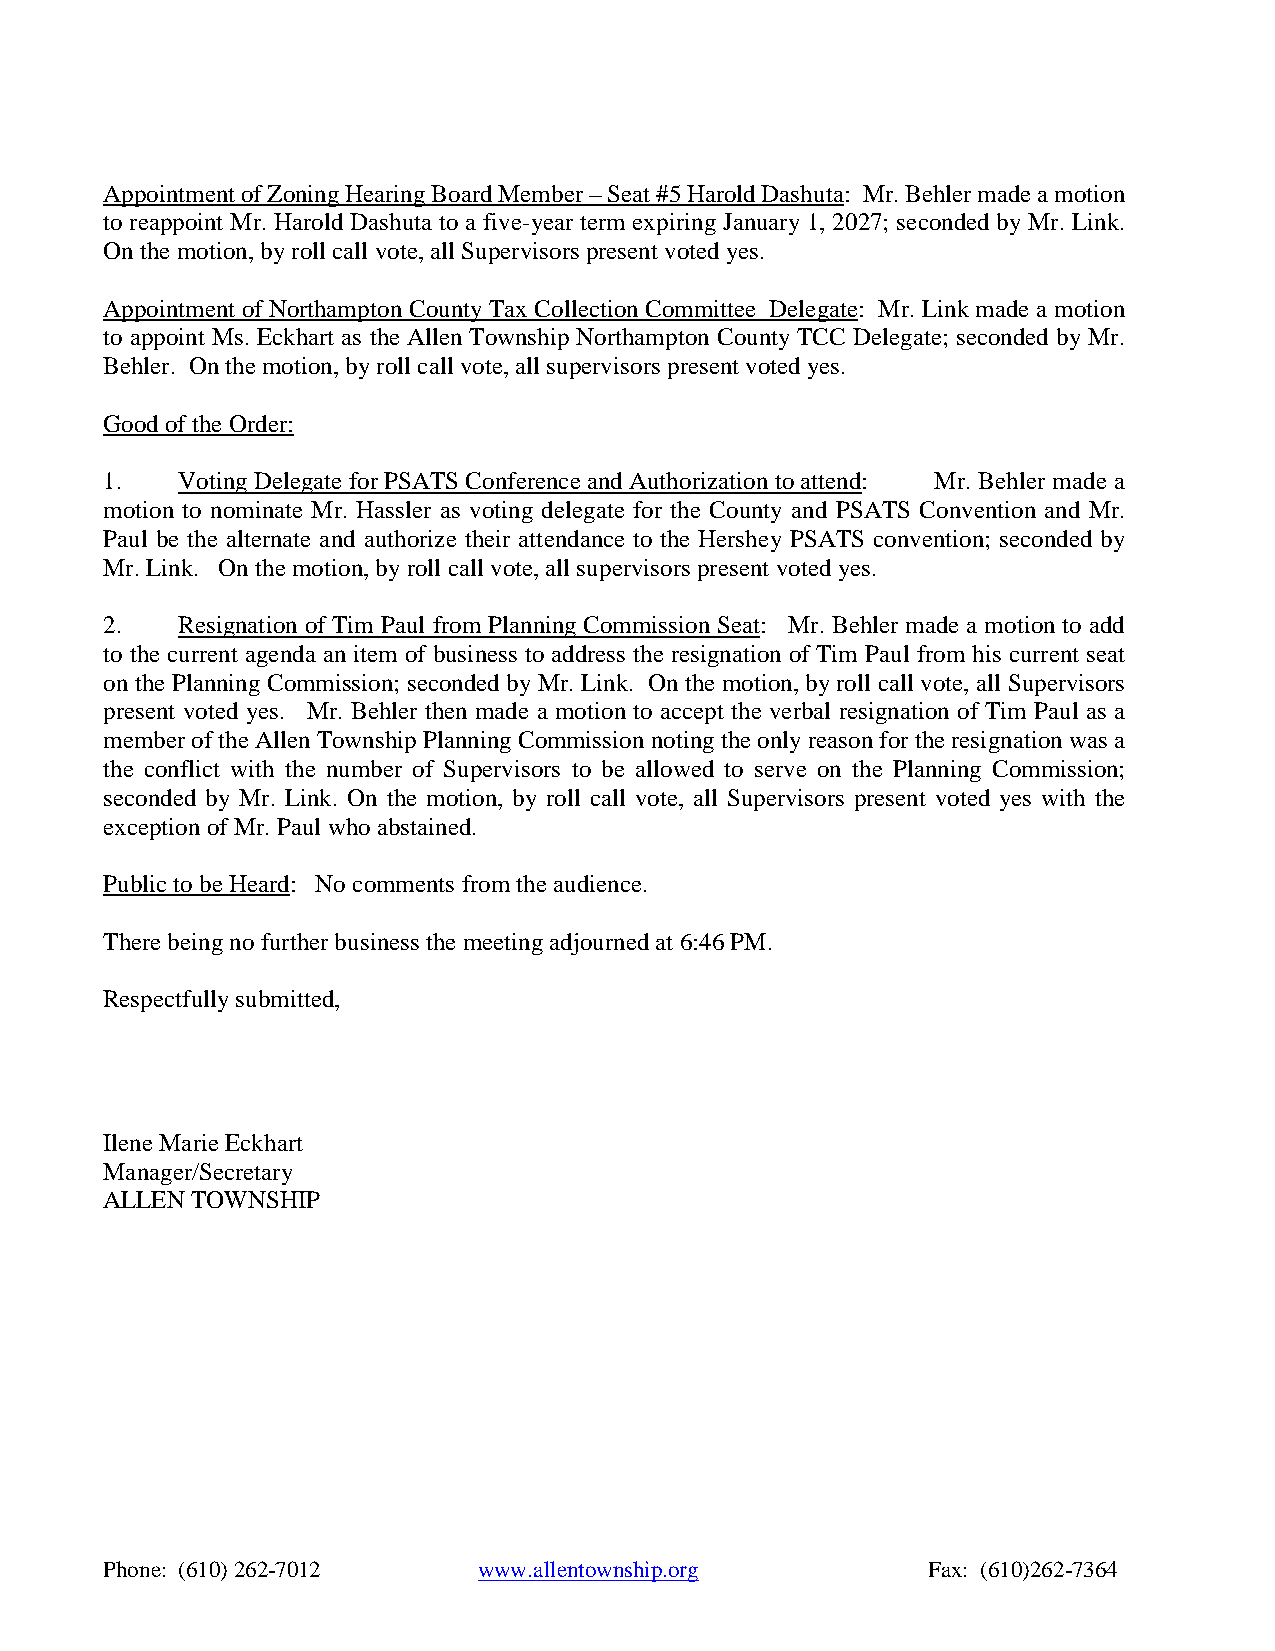
Appointment of Zoning Hearing Board Member – Seat #5 Harold Dashuta: Mr. Behler made a motion
 to reappoint Mr. Harold Dashuta to a five-year term expiring January 1, 2027; seconded by Mr. Link.
 On the motion, by roll call vote, all Supervisors present voted yes.
 Appointment of Northampton County Tax Collection Committee Delegate: Mr. Link made a motion
 to appoint Ms. Eckhart as the Allen Township Northampton County TCC Delegate; seconded by Mr.
 Behler. On the motion, by roll call vote, all supervisors present voted yes.
 Good of the Order:
 1.   Voting Delegate for PSATS Conference and Authorization to attend: Mr. Behler made a
 motion to nominate Mr. Hassler as voting delegate for the County and PSATS Convention and Mr.
 Paul be the alternate and authorize their attendance to the Hershey PSATS convention; seconded by
 Mr. Link. On the motion, by roll call vote, all supervisors present voted yes.
 2.   Resignation of Tim Paul from Planning Commission Seat: Mr. Behler made a motion to add
 to the current agenda an item of business to address the resignation of Tim Paul from his current seat
 on the Planning Commission; seconded by Mr. Link. On the motion, by roll call vote, all Supervisors
 present voted yes. Mr. Behler then made a motion to accept the verbal resignation of Tim Paul as a
 member of the Allen Township Planning Commission noting the only reason for the resignation was a
 the conflict with the number of Supervisors to be allowed to serve on the Planning Commission;
 seconded by Mr. Link. On the motion, by roll call vote, all Supervisors present voted yes with the
 exception of Mr. Paul who abstained.
 Public to be Heard: No comments from the audience.
 There being no further business the meeting adjourned at 6:46 PM.
 Respectfully submitted,
 Ilene Marie Eckhart
 Manager/Secretary
 ALLEN TOWNSHIP
 Phone: (610) 262-7012    www.allentownship.org        Fax: (610)262-7364